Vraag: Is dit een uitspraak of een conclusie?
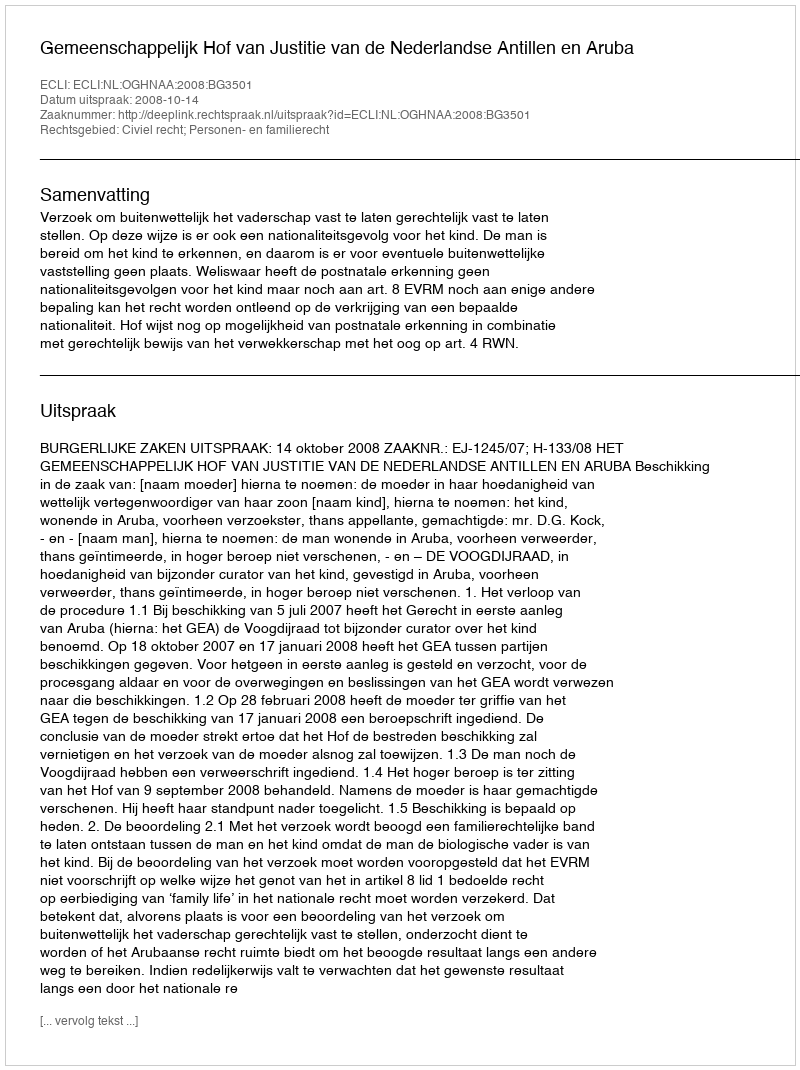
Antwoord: Uitspraak